Annual report of the Bengal Veterinary College and of the Civil Veterinary Department, Bengal, for the year 1910-1911 - 1910-1911
Year: 1910
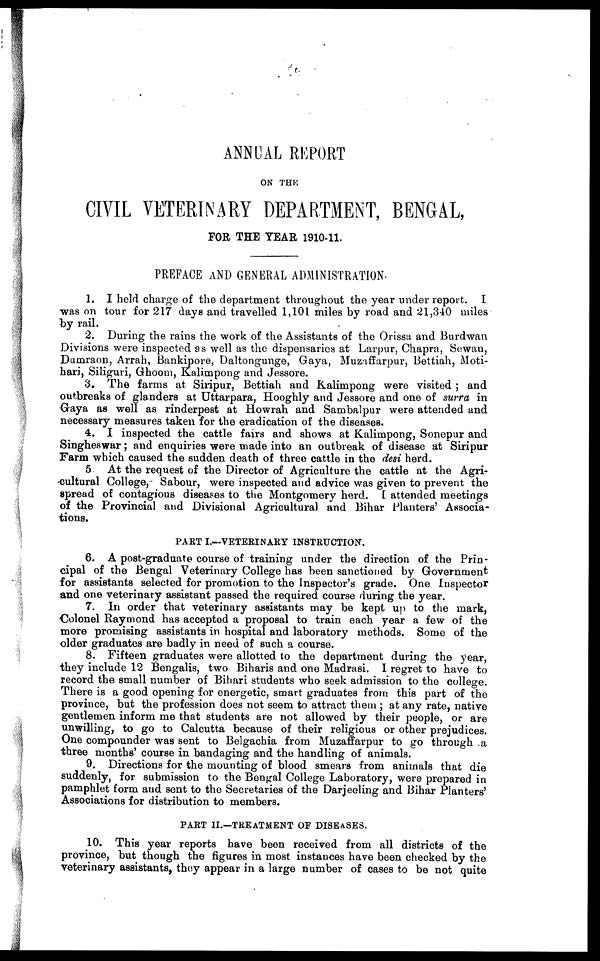
ANNUAL REPORT
ON THE
CIVIL VETERINARY DEPARTMENT, BENGAL,
FOR THE YEAR 1910-11.
PREFACE AND GENERAL ADMINISTRATION.
1. I held charge of the department throughout the year under report. I
was on tour for 217 days and travelled 1,101 miles by road and 21,340 miles
by rail.
2. During the rains the work of the Assistants of the Orissa and Burdwan
Divisions were inspected as well as the dispensaries at Larpur, Chapra, Sewan,
Dumraon, Arrah, Bankipore, Daltongunge, Gaya, Muzaflarpur, Bettiah, Moti-
hari, Siliguri, Ghoom, Kalimpong and Jessore.
3. The farms at Siripur, Bettiah and Kalimpong were visited ; and
outbreaks of glanders at Uttarpara, Hooghly and Jessore and one of surra in
Gaya as well as rinderpest at Howrah and Sambalpur were attended and
necessary measures taken for the eradication of the diseases.
4. I inspected the cattle fairs and shows at Kalimpong, Sonepur and
Singheswar; and enquiries were made into an outbreak of disease at Siripur
Farm which caused the sudden death of three cattle in the desi herd.
5. At the request of the Director of Agriculture the cattle at the Agri-
cultural College, Sabour, were inspected and advice was given to prevent the
spread of contagious diseases to the Montgomery herd. I attended meetings
of the Provincial and Divisional Agricultural and Bihar Planters' Associa-
tions.
PART I.—VETERINARY INSTRUCTION.
6. A post-graduate course of training under the direction of the Prin-
cipal of the Bengal Veterinary College has been sanctioned by Government
for assistants selected for promotion to the Inspector's grade. One Inspector
and one veterinary assistant passed the required course during the year.
7. In order that veterinary assistants may be kept up to the mark,
Colonel Raymond has accepted a proposal to train each year a few of the
more promising assistants in hospital and laboratory methods. Some of the
older graduates are badly in need of such a course.
8. Fifteen graduates were allotted to the department during the year,
they include 12 Bengalis, two Biharis and one Madrasi. I regret to have to
record the small number of Bihari students who seek admission to the college.
There is a good opening for energetic, smart graduates from this part of the
province, but the profession does not seem to attract them ; at any rate, native
gentlemen inform me that students are not allowed by their people, or are
unwilling, to go to Calcutta because of their religious or other prejudices.
One compounder was sent to Belgachia from Muzaffarpur to go through a
three months' course in bandaging and the handling of animals.
9. Directions for the mounting of blood smears from animals that die
suddenly, for submission to the Bengal College Laboratory, were prepared in
pamphlet form and sent to the Secretaries of the Darjeeling and Bihar Planters'
Associations for distribution to members.
PART II.—TREATMENT OF DISEASES.
10. This year reports have been received from all districts of the
province, but though the figures in most instances have been checked by the
veterinary assistants, they appear in a large number of cases to be not quite